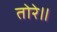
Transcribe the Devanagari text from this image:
तोरे॥